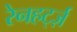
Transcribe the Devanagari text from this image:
रेनहर्ट्ज़